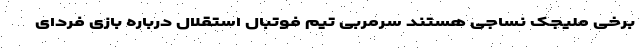
برخی ملیجک نساجی هستند سرمربی تیم فوتبال استقلال درباره بازی فردای